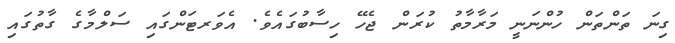
ގިނަ ތަންތަން ހުންނަނީ މަރާމާތު ކުރަން ޖެހޭ ހިސާބުގައެވެ. އެވަރޓަންގައި ސަލްމާގެ ގާތުގައި